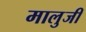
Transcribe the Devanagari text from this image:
मालुजी